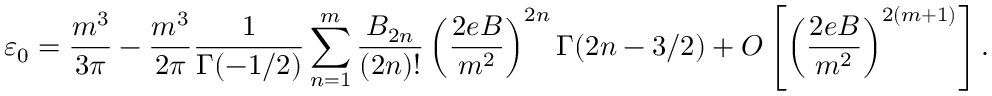
\varepsilon _ { 0 } = \frac { m ^ { 3 } } { 3 \pi } - \frac { m ^ { 3 } } { 2 \pi } \frac { 1 } { \Gamma ( - 1 / 2 ) } \sum _ { n = 1 } ^ { m } \frac { B _ { 2 n } } { ( 2 n ) ! } \left( \frac { 2 e B } { m ^ { 2 } } \right) ^ { 2 n } \Gamma ( 2 n - 3 / 2 ) + O \left[ \left( \frac { 2 e B } { m ^ { 2 } } \right) ^ { 2 ( m + 1 ) } \right] .